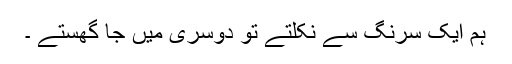
ہم ایک سرنگ سے نکلتے تو دوسری میں جا گھستے ۔